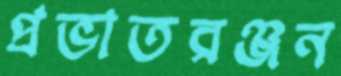
প্রভাতরঞ্জন